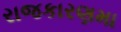
રાજકારણમા